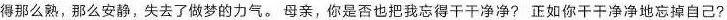
得那么熟，那么安静，失去了做梦的力气。母亲，你是否也把我忘得干干净净?正如你干干净净地忘掉自己?